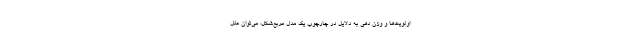
اولویت‌ها و وزن دهی به دلایل در چارچوب یک مدل مربع‌شکل، می‌توان علل